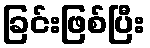
ခြင်းဖြစ်ပြီး